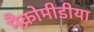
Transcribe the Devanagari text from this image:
मैक्रोमीडीया